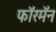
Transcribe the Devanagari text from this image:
फॉरमॅन